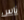
ناس